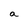
Character: a